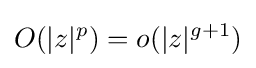
O(|z|^{p})=o(|z|^{g+1})